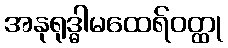
အနုရုဒ္ဓါမထေရ်ဝတ္ထု